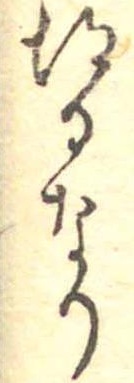
得るなり